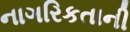
નાગરિકતાની